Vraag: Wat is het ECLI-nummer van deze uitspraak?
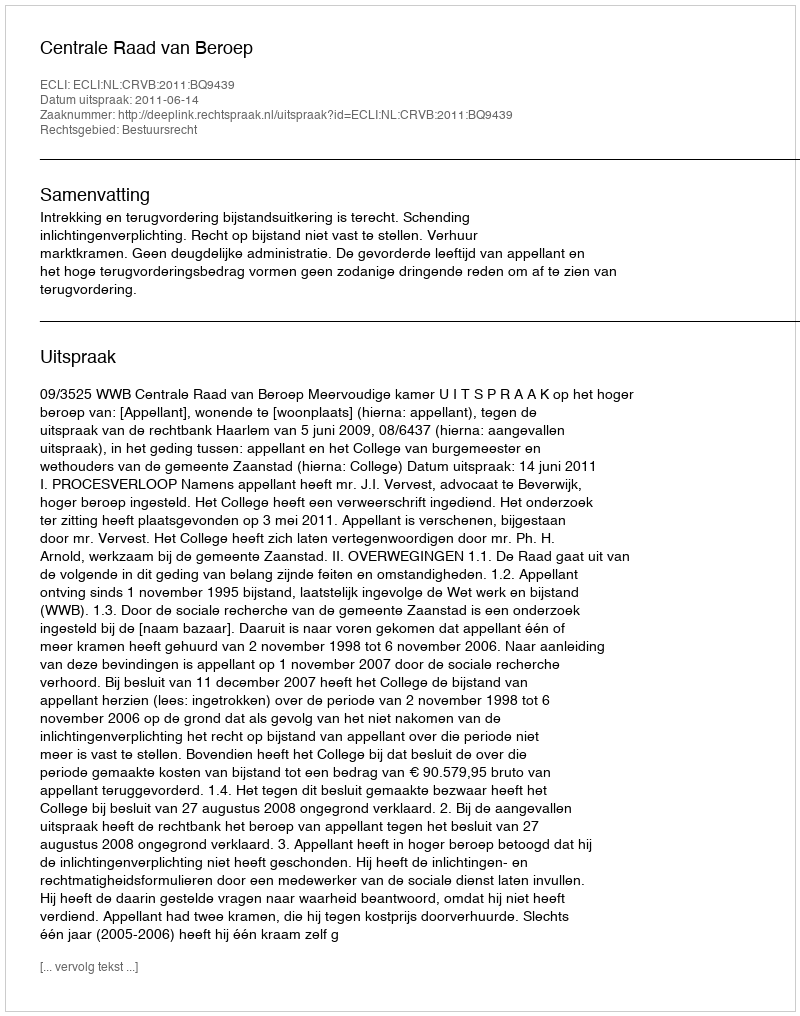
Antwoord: ECLI:NL:CRVB:2011:BQ9439